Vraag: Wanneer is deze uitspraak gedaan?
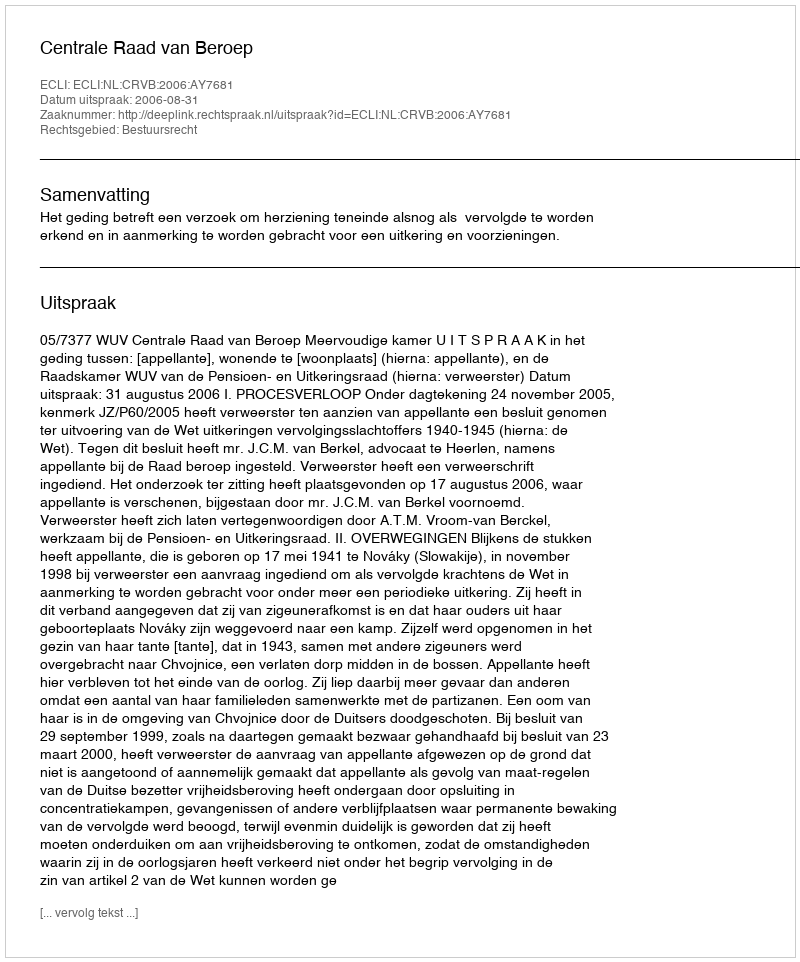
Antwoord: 2006-08-31